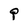
Character: P